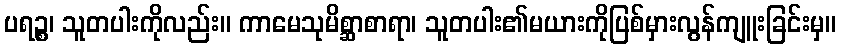
ပရဉ္စ၊ သူတပါးကိုလည်း။ ကာမေသုမိစ္ဆာစာရာ၊ သူတပါး၏မယားကိုပြစ်မှားလွန်ကျူးခြင်းမှ။